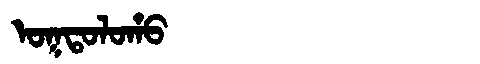
Manchu: ᠣᡴᡨᠣᠯᠣᡥᠣ
Romanization: OKTOLOHO